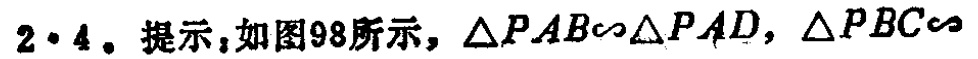
$2\cdot4。提示：如图98所示，\triangle PAB\sim\triangle PAD，\triangle PBC\sim$